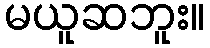
မယူဆဘူး။